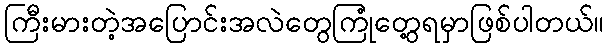
ကြီးမားတဲ့အပြောင်းအလဲတွေကြုံတွေ့ရမှာဖြစ်ပါတယ်။